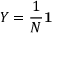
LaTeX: Y = { \frac { 1 } { N } } \mathbf { 1 }